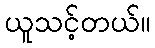
ယူသင့်တယ်။